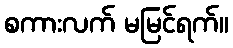
စကားလက် မမြင်ရက်။